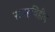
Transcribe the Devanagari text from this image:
सतहविहीन